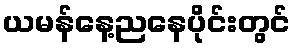
ယမန်နေ့ညနေပိုင်းတွင်